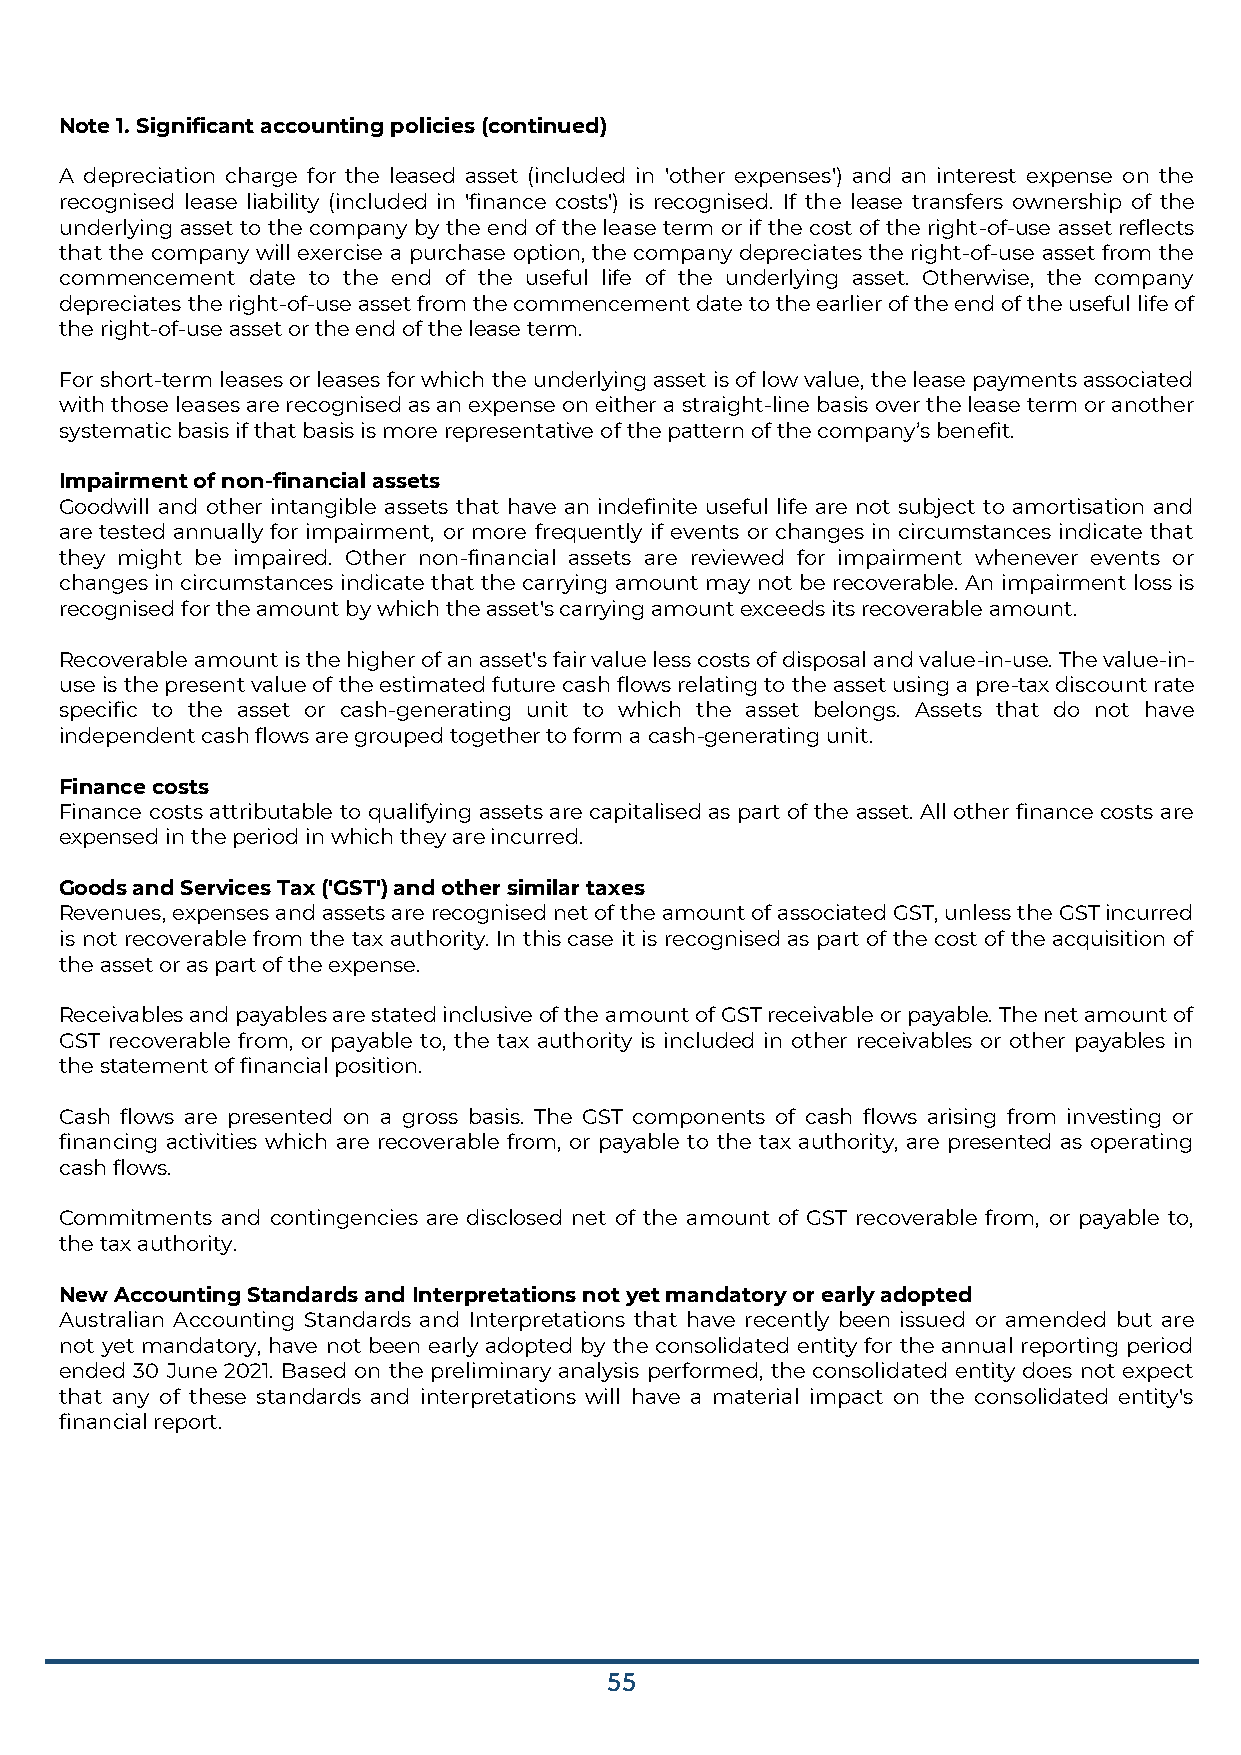
Note 1. Significant accounting policies (continued)
 A depreciation charge for the leased asset (included in 'other expenses') and an interest expense on the
 recognised lease liability (included in 'finance costs') is recognised. If the lease transfers ownership of the
 underlying asset to the company by the end of the lease term or if the cost of the right-of-use asset reflects
 that the company will exercise a purchase option, the company depreciates the right-of-use asset from the
 commencement date to the end of the useful life of the underlying asset. Otherwise, the company
 depreciates the right-of-use asset from the commencement date to the earlier of the end of the useful life of
 the right-of-use asset or the end of the lease term.
 For short-term leases or leases for which the underlying asset is of low value, the lease payments associated
 with those leases are recognised as an expense on either a straight-line basis over the lease term or another
 systematic basis if that basis is more representative of the pattern of the company’s benefit.
 Impairment of non-financial assets
 Goodwill and other intangible assets that have an indefinite useful life are not subject to amortisation and
 are tested annually for impairment, or more frequently if events or changes in circumstances indicate that
 they might be impaired. Other non-financial assets are reviewed for impairment whenever events or
 changes in circumstances indicate that the carrying amount may not be recoverable. An impairment loss is
 recognised for the amount by which the asset's carrying amount exceeds its recoverable amount.
 Recoverable amount is the higher of an asset's fair value less costs of disposal and value-in-use. The value-in-
 use is the present value of the estimated future cash flows relating to the asset using a pre-tax discount rate
 specific to the asset or cash-generating unit to which the asset belongs. Assets that do not have
 independent cash flows are grouped together to form a cash-generating unit.
 Finance costs
 Finance costs attributable to qualifying assets are capitalised as part of the asset. All other finance costs are
 expensed in the period in which they are incurred.
 Goods and Services Tax ('GST') and other similar taxes
 Revenues, expenses and assets are recognised net of the amount of associated GST, unless the GST incurred
 is not recoverable from the tax authority. In this case it is recognised as part of the cost of the acquisition of
 the asset or as part of the expense.
 Receivables and payables are stated inclusive of the amount of GST receivable or payable. The net amount of
 GST recoverable from, or payable to, the tax authority is included in other receivables or other payables in
 the statement of financial position.
 Cash flows are presented on a gross basis. The GST components of cash flows arising from investing or
 financing activities which are recoverable from, or payable to the tax authority, are presented as operating
 cash flows.
 Commitments and contingencies are disclosed net of the amount of GST recoverable from, or payable to,
 the tax authority.
 New Accounting Standards and Interpretations not yet mandatory or early adopted
 Australian Accounting Standards and Interpretations that have recently been issued or amended but are
 not yet mandatory, have not been early adopted by the consolidated entity for the annual reporting period
 ended 30 June 2021. Based on the preliminary analysis performed, the consolidated entity does not expect
 that any of these standards and interpretations will have a material impact on the consolidated entity's
 financial report.
 55